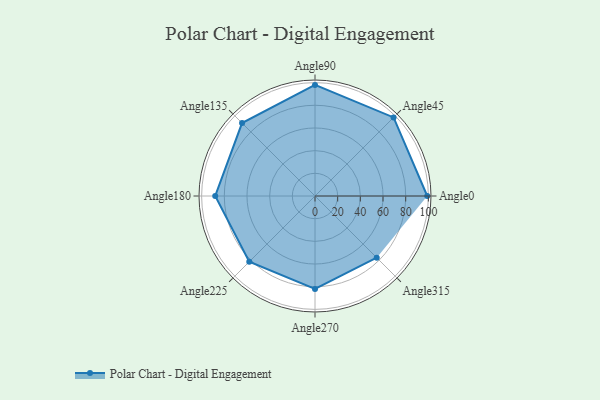
{"axis": {"x": "Angle", "y": "Radius"}, "legend": [""], "data": [{"x": "Angle0", "y": 99.0, "type": ""}, {"x": "Angle45", "y": 98.0, "type": ""}, {"x": "Angle90", "y": 98.0, "type": ""}, {"x": "Angle135", "y": 91.0, "type": ""}, {"x": "Angle180", "y": 88.0, "type": ""}, {"x": "Angle225", "y": 82.0, "type": ""}, {"x": "Angle270", "y": 82.0, "type": ""}, {"x": "Angle315", "y": 77.0, "type": ""}]}